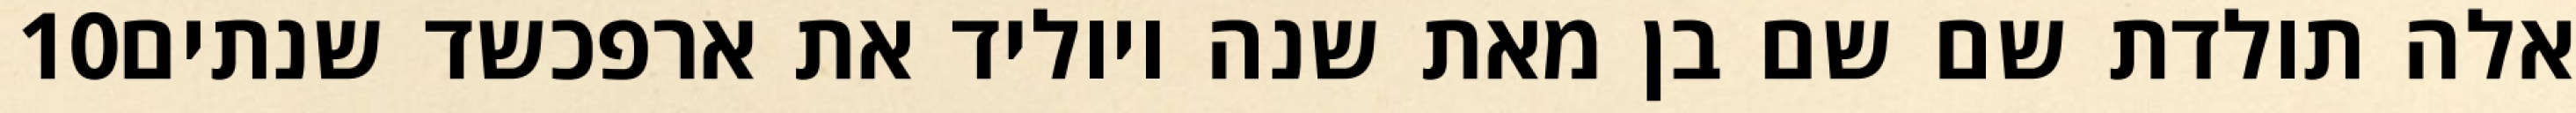
‎10‏ אלה תולדת שם שם בן מאת שנה ויוליד את ארפכשד שנתים